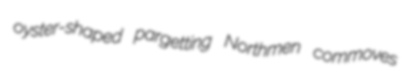
oyster-shaped pargetting Northmen commoves